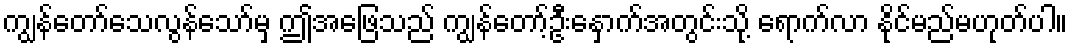
ကျွန်တော်သေလွန်သော်မှ ဤအဖြေသည် ကျွန်တော့်ဦးနှောက်အတွင်းသို့ ရောက်လာ နိုင်မည်မဟုတ်ပါ။